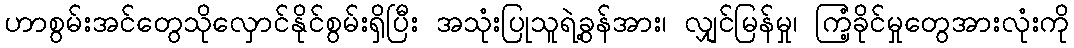
ဟာစွမ်းအင်တွေသိုလှောင်နိုင်စွမ်းရှိပြီး အသုံးပြုသူရဲ့ခွန်အား၊ လျှင်မြန်မှု၊ ကြံ့ခိုင်မှုတွေအားလုံးကို